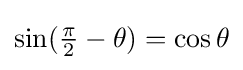
\sin({\tfrac {\pi }{2}}-\theta )=\cos \theta